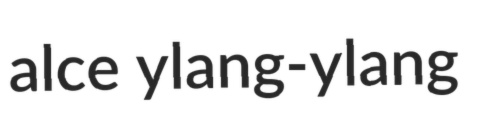
alce ylang-ylang